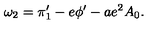
\omega _ { 2 } = \pi _ { 1 } ^ { \prime } - e \phi ^ { \prime } - a e ^ { 2 } A _ { 0 } .